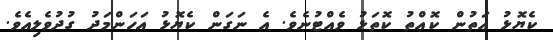
ކެޔޮޅު އަތުން ކޮއްތު ކޮތަޅު ވެއްޓުނެވެ. އެ ނަގަން ކެޔޮޅު އަހަންމަދު ގުދުވެލިއެވެ.